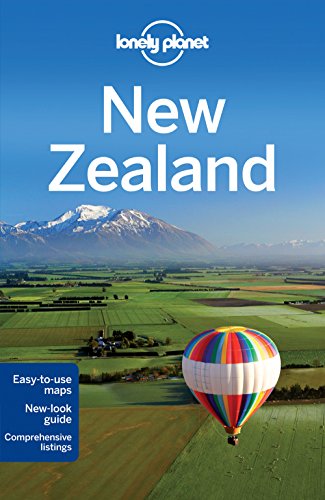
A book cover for Lonely Planet New Zealand (Travel Guide); Lonely Planet; Sports & Outdoors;